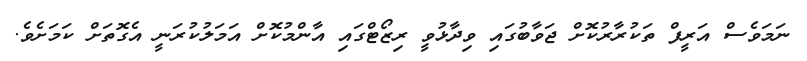
ނަމަވެސް އަރީފް ތަކުރާރުކޮށް ޖަވާބުގައި ވިދާޅުވީ ރިޒޯޓްގައި އާންމުކޮށް އަމަލުކުރަނީ އެގޮތަށް ކަމަށެވެ.